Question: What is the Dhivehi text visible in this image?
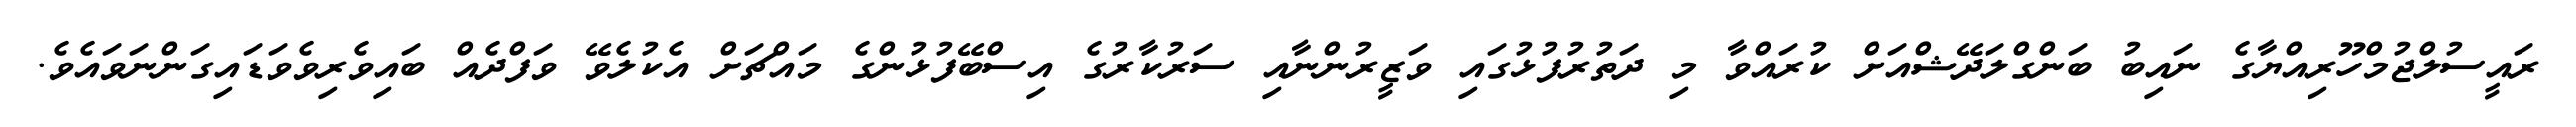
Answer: ރައީސުލްޖުމްހޫރިއްޔާގެ ނައިބު ބަންގްލަދޭޝްއަށް ކުރައްވާ މި ދަތުރުފުޅުގައި ވަޒީރުންނާއި ސަރުކާރުގެ އިސްބޭފުޅުންގެ މައްޗަށް އެކުލެވޭ ވަފްދެއް ބައިވެރިވެވަޑައިގަންނަވައެވެ.